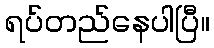
ရပ်တည်နေပါပြီ။